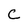
Character: C